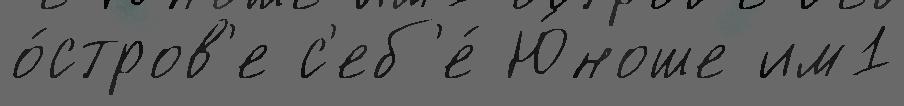
о́стров'е с'еб'е́ Ю́ноше им1